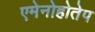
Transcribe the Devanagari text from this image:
एमेनोहोतेप